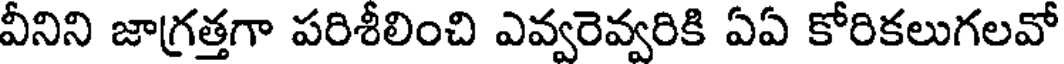
వీనిని జాగ్రత్తగా పరిశీలించి ఎవ్వరెవ్వరికి ఏఏ కోరికలుగలవో